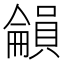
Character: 𡃋